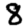
Digit: 8